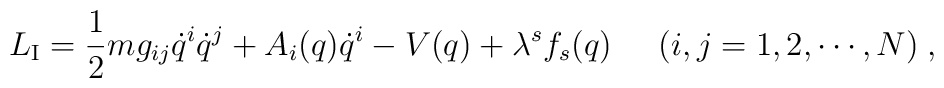
L_{\rm I}=\frac{1}{2}mg_{ij}\dot{q}^i\dot{q}^j+A_i(q)\dot{q}^i-V(q)+\lambda^s f_s(q) \;\;\;\;\;(i,j=1,2,\cdots,N) \;,